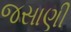
જસાણી